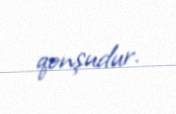
qonşudur.